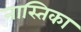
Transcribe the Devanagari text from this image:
नास्तिका